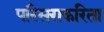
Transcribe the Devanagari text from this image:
परिसराकरिता